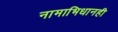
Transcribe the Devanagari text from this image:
नामाभिधानही